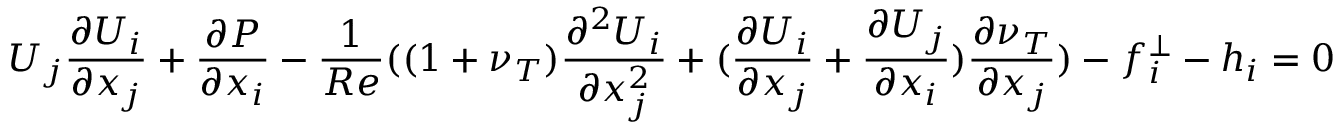
U _ { j } \frac { \partial U _ { i } } { \partial x _ { j } } + \frac { \partial P } { \partial x _ { i } } - \frac { 1 } { R e } ( ( 1 + \nu _ { T } ) \frac { \partial ^ { 2 } U _ { i } } { \partial x _ { j } ^ { 2 } } + ( \frac { \partial U _ { i } } { \partial x _ { j } } + \frac { \partial U _ { j } } { \partial x _ { i } } ) \frac { \partial \nu _ { T } } { \partial x _ { j } } ) - f _ { i } ^ { \perp } - h _ { i } = 0